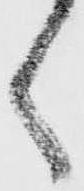
く